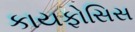
કાયફોસિસ